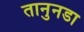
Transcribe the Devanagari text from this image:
तानुनडा